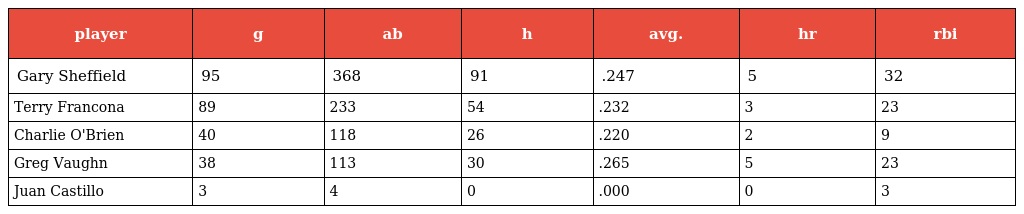
| player | g | ab | h | avg. | hr | rbi |
 | --- | --- | --- | --- | --- | --- | --- |
 | Gary Sheffield | 95 | 368 | 91 | .247 | 5 | 32 |
 | Terry Francona | 89 | 233 | 54 | .232 | 3 | 23 |
 | Charlie O'Brien | 40 | 118 | 26 | .220 | 2 | 9 |
 | Greg Vaughn | 38 | 113 | 30 | .265 | 5 | 23 |
 | Juan Castillo | 3 | 4 | 0 | .000 | 0 | 3 |